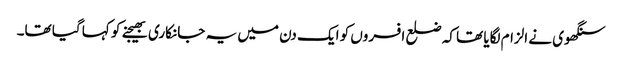
سنگھوی نے الزام لگایا تھا کہ ضلع افسروں کو ایک دن میں یہ جانکاری بھیجنے کو کہا گیا تھا۔